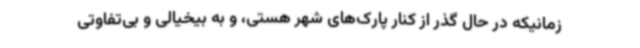
زمانیکه در حال گذر از کنار پارک‌های شهر هستی، و به بیخیالی و بی‌تفاوتی